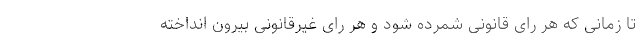
تا زمانی که هر رای قانونی شمرده شود و هر رای غیرقانونی بیرون انداخته